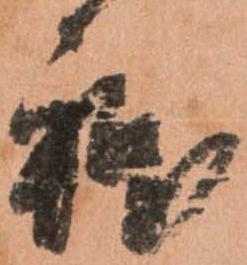
躰